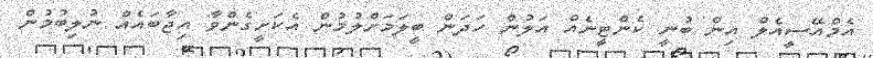
އެމްއޭސީއެލް އިން ބުނީ ކެންޓީނެއް އަލުން ހަދަން ބީލަމަށްލުމުން އެކަށީގެންވާ އިޖާބައެއް ނުލިބުމުން